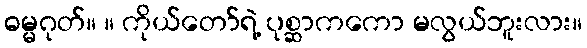
ဓမ္မဂုတ်။ ။ ကိုယ်တော်ရဲ့ ပုစ္ဆာကကော မလွယ်ဘူးလား။